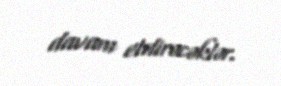
davam etdirəcəklər.